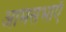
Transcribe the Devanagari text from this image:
आमसभाएँ